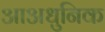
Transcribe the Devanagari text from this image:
आअधुनिक